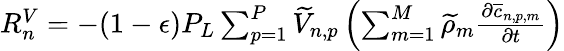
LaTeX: \begin{array}{r}{R_{n}^{V}=-(1-\epsilon)P_{L}\sum_{p=1}^{P}\widetilde{V}_{n,p}\left(\sum_{m=1}^{M}\widetilde{\rho}_{m}\frac{\partial\overline{{c}}_{n,p,m}}{\partial t}\right)}\end{array}